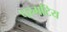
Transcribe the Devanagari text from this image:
परगटिय